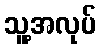
သူ့အလုပ်